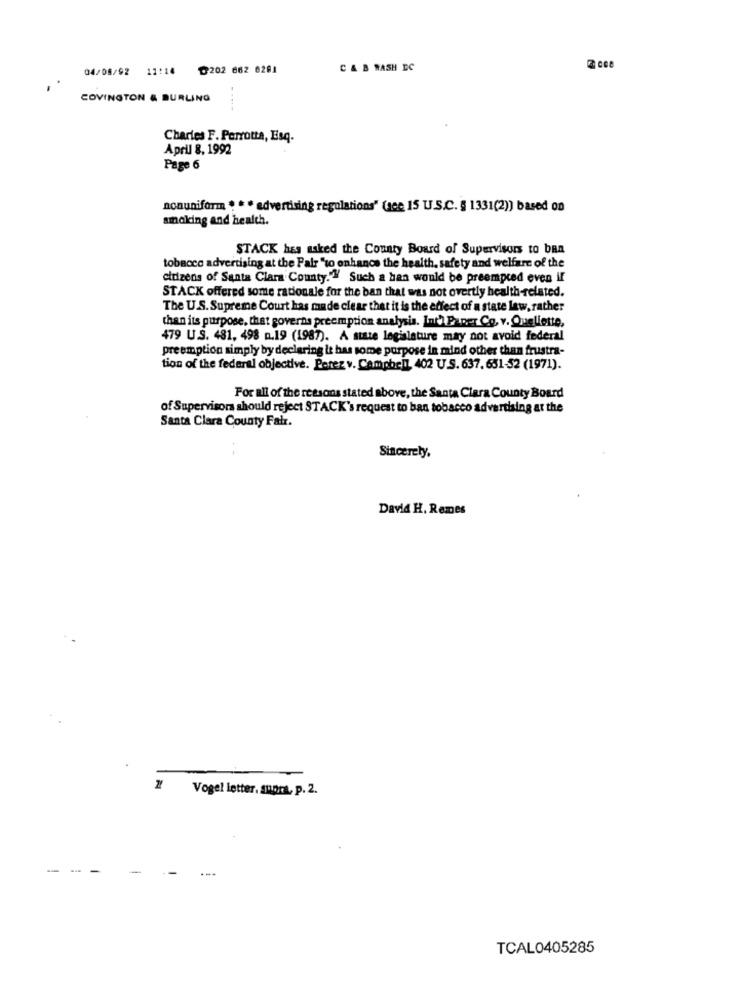
04/08/92 11:14 ℃202 662 0281
C & B RASH DC
COVINGTON & BURLING
Charles F. Perrotta, Esq.
April 8. 1992
Page 6
nonuniform * * * advertising regulations" (ace 15 U.S.C. § 1331(2)) based on
smoking and health.
STACK has asked the County Board of Supervisors to ban
tobacco advertising at the Pair "to enhance the health, safety and welfare of the
citizens of Santa Clara County."" Such a han would be preempted even if
STACK offered some rationale for the ban that was not overtly health-related.
The U.S. Supreme Court has made clear that it is the effect of a state law, rather
than its purpose, that governs preemption analysis. Int') Paper Co. v. Queliette,
479 U.S. 481, 498 n.19 (1987). A state legislature may not avoid federal
preemption simply by declaring it has some porpose in mind other than frustra-
tion of the federal objective. Perez v. Campbell 402 U.S. 637. 651-52 (1971).
For all of the reasons stated above, the Santa Clara County Board
of Supervisors should reject STACK's request to ban tobacco advertising at the
Santa Clara County Fair.
Sincerely,
David H. Remes
Vogel letter, suort, p. 2.
-
---
-
---
TCAL0405285